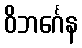
ဝိဘင်္ဂေန